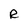
Character: R